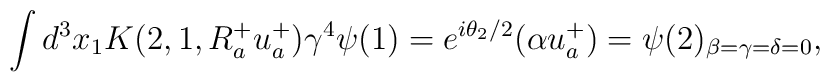
\int d^{3} x_{1} K(2,1,R_{a}^{+} u_{a}^{+}) \gamma^{4} \psi(1) =  e^{i \theta_{2} / 2} (\alpha  u_{a}^{+}) = \psi(2)_{\beta = \gamma = \delta = 0},